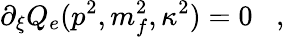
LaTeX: \partial_{\xi}Q_{e}(p^{2},m_{f}^{2},\kappa^{2})=0\; \; \; ,